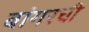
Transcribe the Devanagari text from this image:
बांगरची